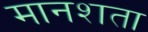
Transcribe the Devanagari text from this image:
मानशता